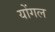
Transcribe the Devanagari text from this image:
योंगल